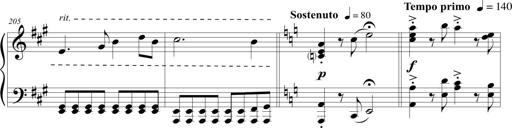
Title: Sonatina (Piano Sonata No.9)
Composer: Richard St. Clair